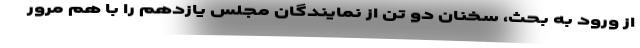
از ورود به بحث، سخنان دو تن از نمایندگان مجلس یازدهم را با هم مرور